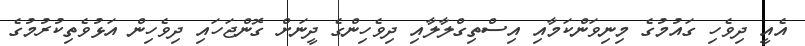
އެއީ ދިވެހި ގައުމުގެ މިނިވަންކަމާއި އިސްތިގްލާލާއި ދިވެހިންގެ ދީނަށް ގޮންޖަހައި ދިވެހިން އަޅުވެތިކުރުމުގެ